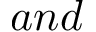
a n d